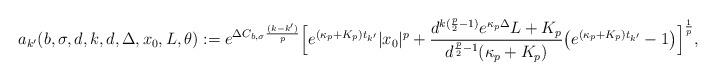
LaTeX: \begin{align*} a_{k'}(b, \sigma, d, k, d, \Delta,x_0 ,L,\theta) := e^{\Delta C_{b,\sigma} \frac{(k-k')}{p} } \Big[ e^{(\kappa_{p} + K_{p}) t_{k'}} \vert x_{0} \vert^{p} + \frac{ d^{k (\frac{p}{2}-1)} e^{\kappa_{p} \Delta }L + K_{p}}{ d^{\frac{p}{2}-1} (\kappa_{p} +K_{p})} \big(e^{(\kappa_{p} + K_{p}) t_{k'}} -1 \big) \Big]^{\frac{1}{p}}, \end{align*}